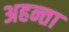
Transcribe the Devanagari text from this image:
अहन्ता